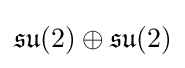
{\textstyle {\mathfrak {su}}(2)\oplus {\mathfrak {su}}(2)}